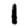
Digit: 1